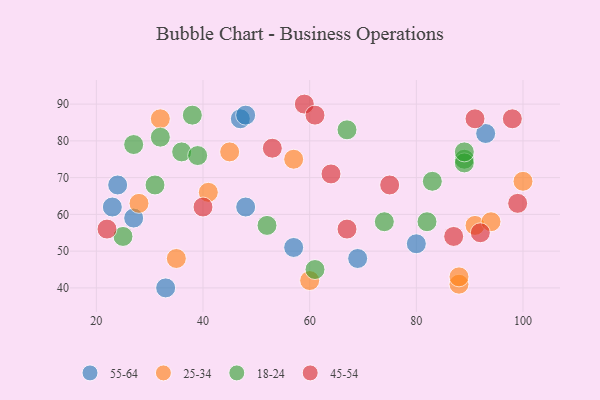
{"axis": {"x": "GDP", "y": "Life Expectancy"}, "legend": ["18-24", "25-34", "45-54", "55-64"], "data": [{"x": "48", "y": 62, "type": "55-64"}, {"x": "80", "y": 52, "type": "55-64"}, {"x": "93", "y": 82, "type": "55-64"}, {"x": "23", "y": 62, "type": "55-64"}, {"x": "57", "y": 51, "type": "55-64"}, {"x": "47", "y": 86, "type": "55-64"}, {"x": "69", "y": 48, "type": "55-64"}, {"x": "27", "y": 59, "type": "55-64"}, {"x": "24", "y": 68, "type": "55-64"}, {"x": "48", "y": 87, "type": "55-64"}, {"x": "33", "y": 40, "type": "55-64"}, {"x": "88", "y": 41, "type": "25-34"}, {"x": "41", "y": 66, "type": "25-34"}, {"x": "91", "y": 57, "type": "25-34"}, {"x": "60", "y": 42, "type": "25-34"}, {"x": "94", "y": 58, "type": "25-34"}, {"x": "35", "y": 48, "type": "25-34"}, {"x": "45", "y": 77, "type": "25-34"}, {"x": "57", "y": 75, "type": "25-34"}, {"x": "28", "y": 63, "type": "25-34"}, {"x": "88", "y": 43, "type": "25-34"}, {"x": "32", "y": 86, "type": "25-34"}, {"x": "100", "y": 69, "type": "25-34"}, {"x": "82", "y": 58, "type": "18-24"}, {"x": "89", "y": 75, "type": "18-24"}, {"x": "61", "y": 45, "type": "18-24"}, {"x": "25", "y": 54, "type": "18-24"}, {"x": "31", "y": 68, "type": "18-24"}, {"x": "38", "y": 87, "type": "18-24"}, {"x": "36", "y": 77, "type": "18-24"}, {"x": "74", "y": 58, "type": "18-24"}, {"x": "89", "y": 74, "type": "18-24"}, {"x": "32", "y": 81, "type": "18-24"}, {"x": "39", "y": 76, "type": "18-24"}, {"x": "52", "y": 57, "type": "18-24"}, {"x": "83", "y": 69, "type": "18-24"}, {"x": "67", "y": 83, "type": "18-24"}, {"x": "89", "y": 77, "type": "18-24"}, {"x": "27", "y": 79, "type": "18-24"}, {"x": "59", "y": 90, "type": "45-54"}, {"x": "67", "y": 56, "type": "45-54"}, {"x": "75", "y": 68, "type": "45-54"}, {"x": "91", "y": 86, "type": "45-54"}, {"x": "53", "y": 78, "type": "45-54"}, {"x": "92", "y": 55, "type": "45-54"}, {"x": "87", "y": 54, "type": "45-54"}, {"x": "40", "y": 62, "type": "45-54"}, {"x": "98", "y": 86, "type": "45-54"}, {"x": "99", "y": 63, "type": "45-54"}, {"x": "64", "y": 71, "type": "45-54"}, {"x": "22", "y": 56, "type": "45-54"}, {"x": "61", "y": 87, "type": "45-54"}]}